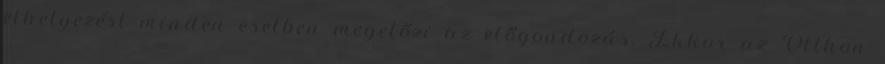
elhelyezést minden esetben megelőzi az előgondozás. Ekkor az Otthon